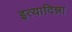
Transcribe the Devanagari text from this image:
इत्यादिन्ना